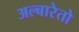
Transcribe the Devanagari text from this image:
अल्बारेतो